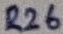
Text: R26